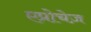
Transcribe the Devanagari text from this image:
एप्रोचेज़